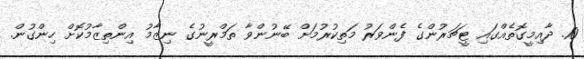
10. ދާއިމީގޮތެއްގައި ޓީޗަރުންގެ ފެންވަރު މަތިކުރުމަށް ބޭނުންވާ ތަމްރީނުގެ ނިޒާމު އިންތިޒާމުކޮށް ހިންގުން.